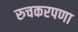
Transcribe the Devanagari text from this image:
रुचकरपणा